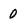
Character: 0